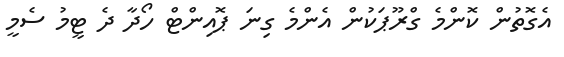
އެގޮތުން ކޮންމެ ގްރޫޕަކުން އެންމެ ގިނަ ޕޮއިންޓް ހޯދާ ދެ ޓީމު ސެމީ